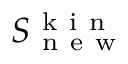
S _ { \mathrm { ~ n ~ e ~ w ~ } } ^ { \mathrm { ~ k ~ i ~ n ~ } }